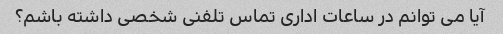
آیا می توانم در ساعات اداری تماس تلفنی شخصی داشته باشم؟